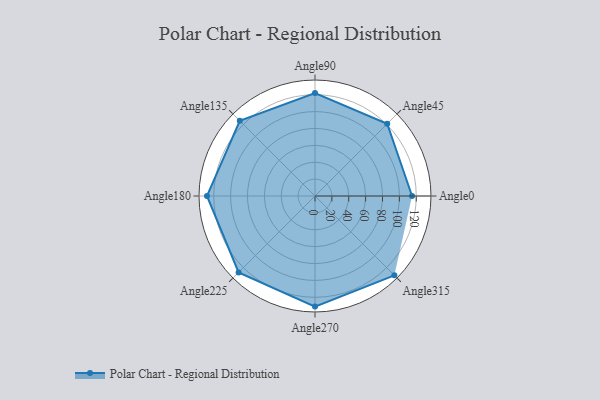
{"axis": {"x": "Angle", "y": "Radius"}, "legend": [""], "data": [{"x": "Angle0", "y": 115.0, "type": ""}, {"x": "Angle45", "y": 121.0, "type": ""}, {"x": "Angle90", "y": 122.0, "type": ""}, {"x": "Angle135", "y": 126.0, "type": ""}, {"x": "Angle180", "y": 128.0, "type": ""}, {"x": "Angle225", "y": 128.0, "type": ""}, {"x": "Angle270", "y": 131.0, "type": ""}, {"x": "Angle315", "y": 133.0, "type": ""}]}